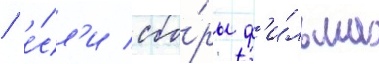
/ е́сл'и сбо́ры ф'и́льма